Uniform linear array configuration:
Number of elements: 12
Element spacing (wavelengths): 1
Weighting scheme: binomial
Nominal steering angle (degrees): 45
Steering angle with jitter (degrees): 43.538
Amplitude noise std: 0.05
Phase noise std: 0.05

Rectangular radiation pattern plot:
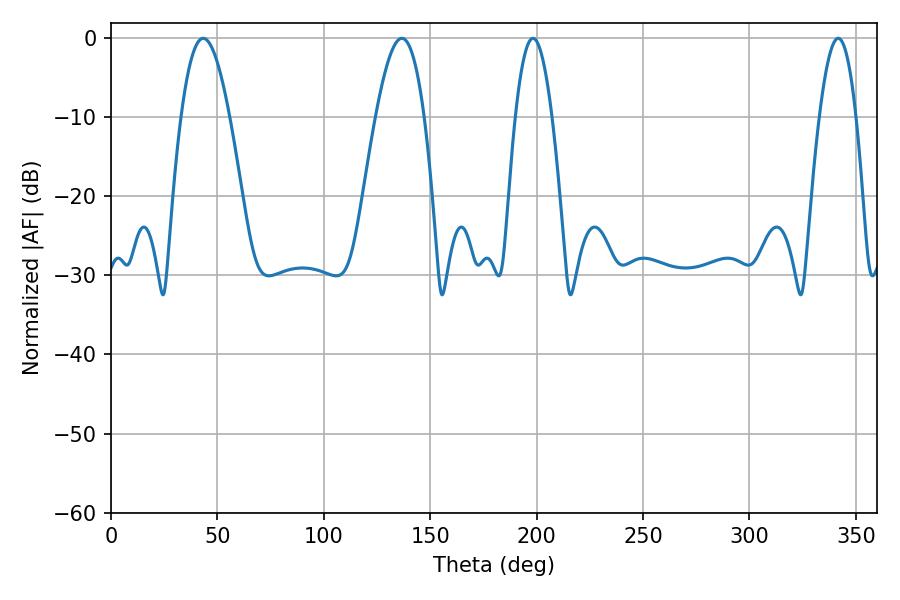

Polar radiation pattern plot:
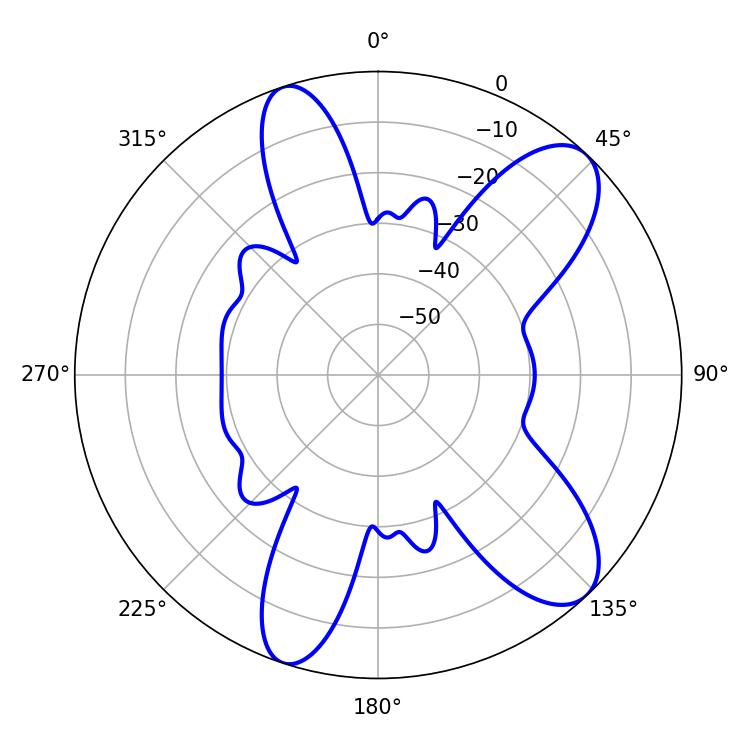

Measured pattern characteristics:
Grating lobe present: TRUE
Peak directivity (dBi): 9.791
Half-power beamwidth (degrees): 12.42
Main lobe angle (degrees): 43.38